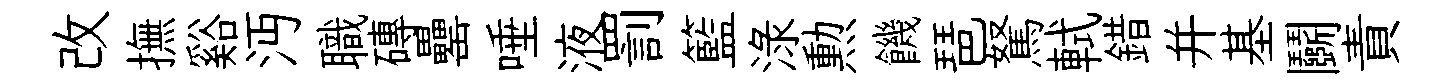
改撫谿沔職磚罍唾液罰籃渌勲饑琶駑軾錯并基鬬責